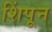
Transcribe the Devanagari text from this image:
शिंपून